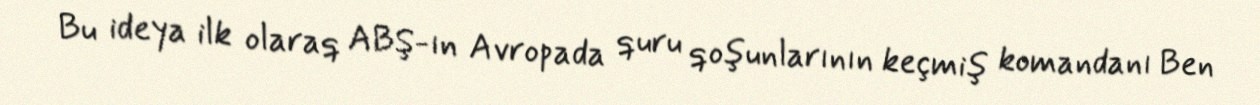
Bu ideya ilk olaraq ABŞ-ın Avropada quru qoşunlarının keçmiş komandanı Ben